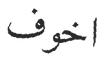
اخوف